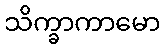
သိက္ခာကာမော